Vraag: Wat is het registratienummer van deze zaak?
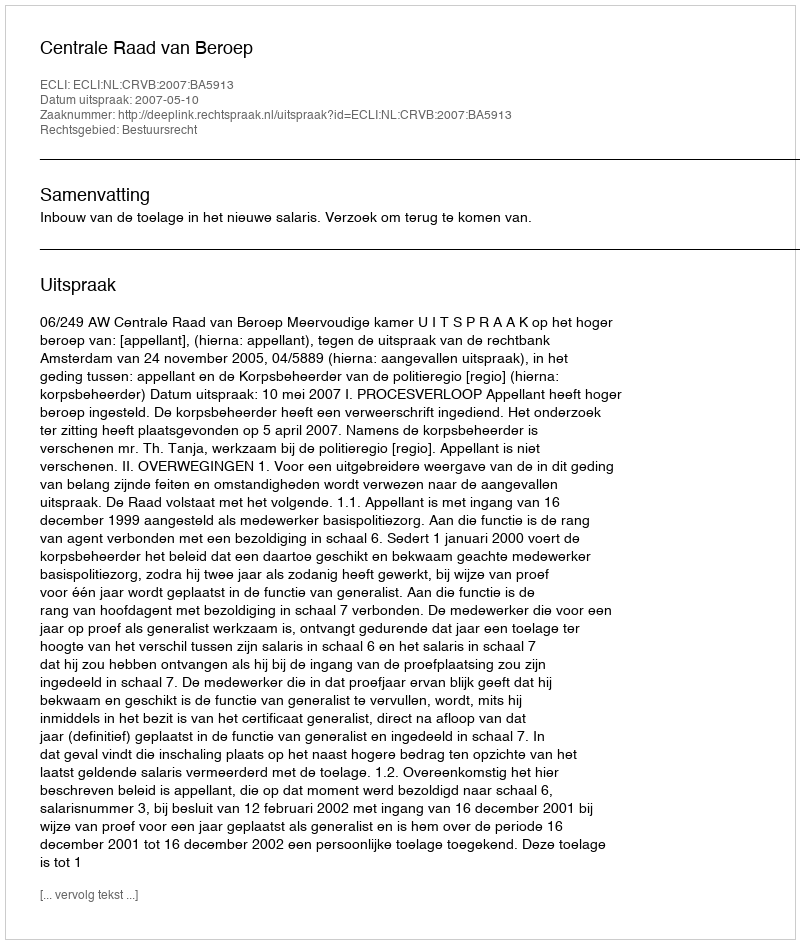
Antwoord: http://deeplink.rechtspraak.nl/uitspraak?id=ECLI:NL:CRVB:2007:BA5913